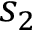
s _ { 2 }